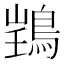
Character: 𫚽